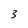
Character: 3